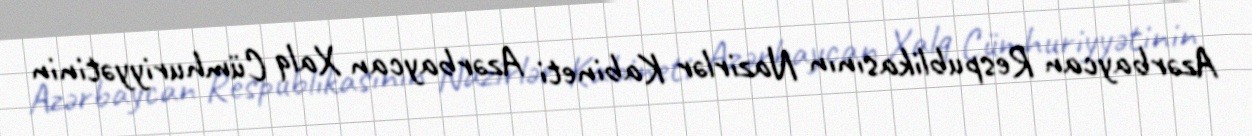
Azərbaycan Respublikasının Nazirlər Kabineti Azərbaycan Xalq Cümhuriyyətinin